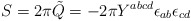
\begin{align*}S=2\pi\tilde{Q}=-2\pi Y^{abcd}\epsilon_{ab}{\epsilon}_{cd}\end{align*}